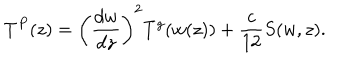
T ^ { P } ( z ) = \left( \frac { d w } { d z } \right) ^ { 2 } T ^ { g } ( w ( z ) ) + \frac { c } { 1 2 } S ( w , z ) .